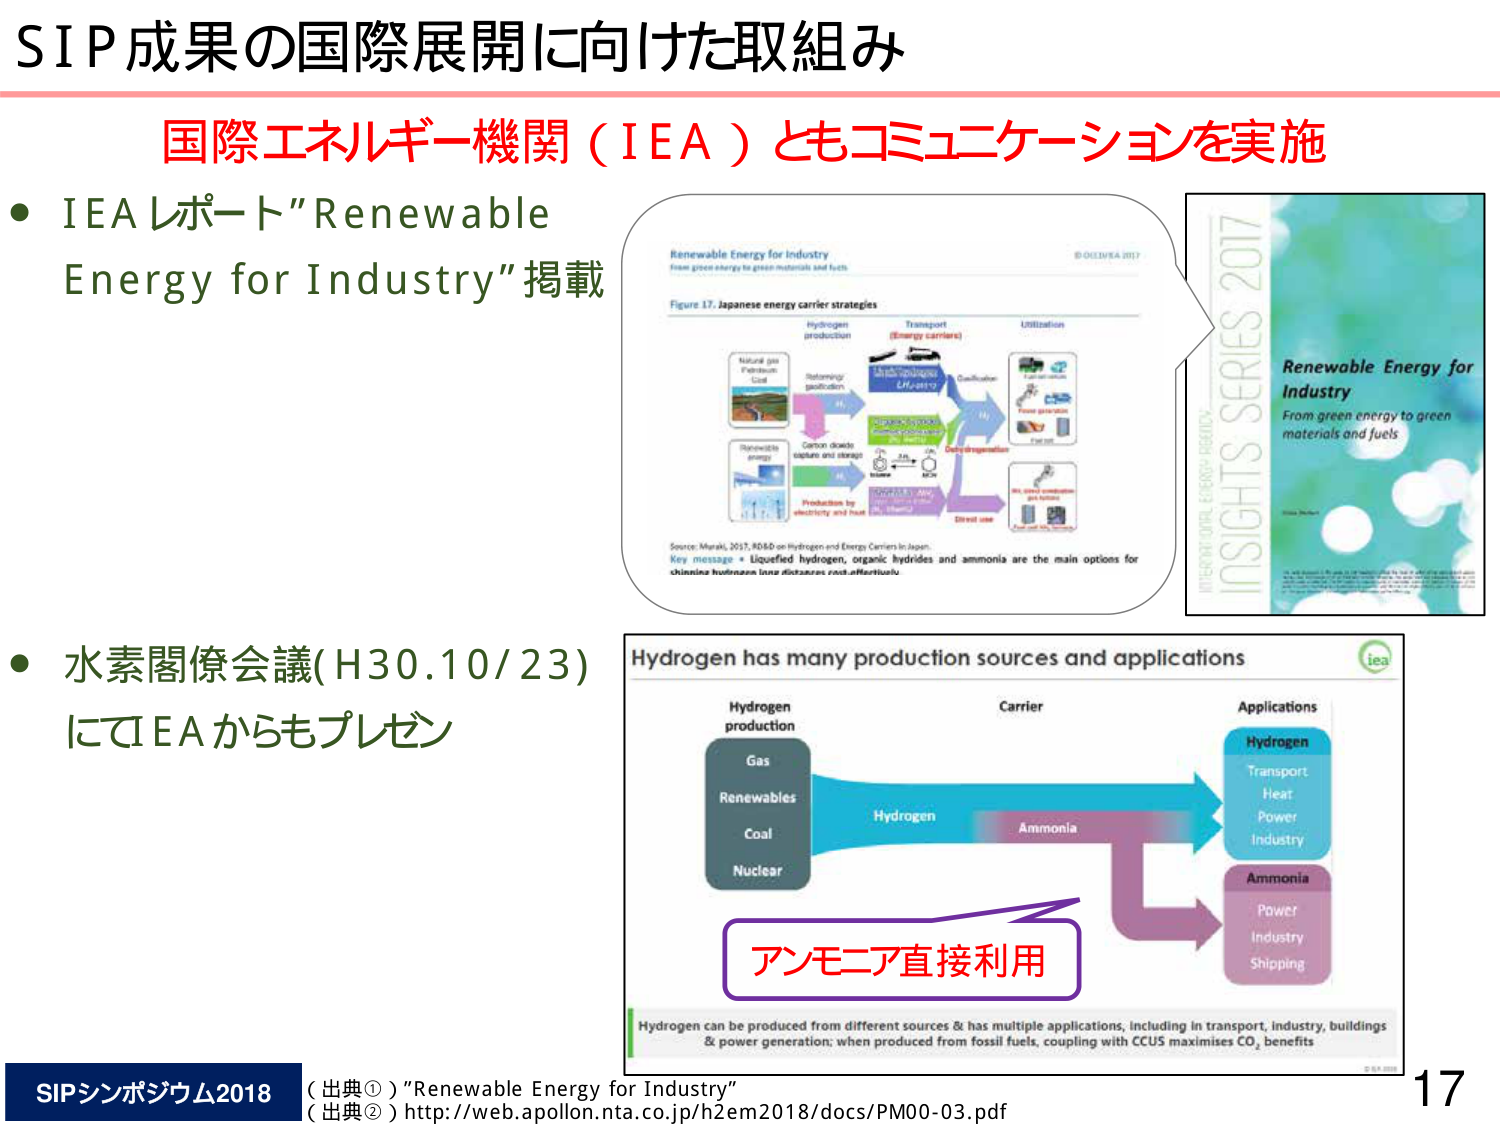
SIP成果の国際展開に向けた取組み

国際エネルギー機関（IEA）ともコミュニケーションを実施

・IEAレポート"Renewable Energy for Industry"掲載

Renewable Energy for Industry
From green energy to green materials and fuels
© OECD/IEA 2017
Figure 17. Japanese energy carrier strategies
Hydrogen production
Natural gas
Petroleum
Coal
Renewable energy
Reforming
gasification
Carbon dioxide
capture and storage
Production by
electrolysis and heat
Transport
(Energy carriers)
Liquefied hydrogen
Organic hydrides
Ammonia
Gasification
Direct use
Utilization
Fuel cells
Power generation
Fuel cells
NH3 direct combustion
and fuel cells
Direct use
Source: Muraki, 2017, R&D on Hydrogen and Energy Carriers in Japan.
Key message • Liquefied hydrogen, organic hydrides and ammonia are the main options for
chaining hydrogen into distance and effectively.

INSIGHTS SERIES 2017
INTERNATIONAL ENERGY AGENCY
Renewable Energy for Industry
From green energy to green materials and fuels
Vince Mallett

・水素閣僚会議(H30.10/23)にてIEAからもプレゼン

Hydrogen has many production sources and applications
Hydrogen production
Gas
Renewables
Coal
Nuclear
Carrier
Hydrogen
Ammonia
Applications
Hydrogen
Transport
Heat
Power
Industry
Ammonia
Power
Industry
Shipping
アンモニア直接利用
Hydrogen can be produced from different sources & has multiple applications, including in transport, industry, buildings
& power generation; when produced from fossil fuels, coupling with CCUS maximises CO₂ benefits
© IEA 2018

SIPシンポジウム2018
（出典①）"Renewable Energy for Industry"
（出典②）http://web.apollon.nta.co.jp/h2em2018/docs/PM00-03.pdf
17